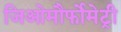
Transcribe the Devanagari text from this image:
जिओमौर्फोमेट्री